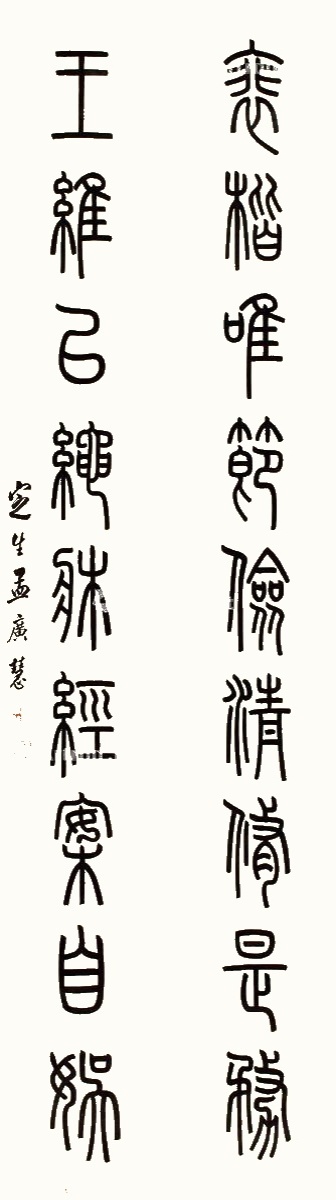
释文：裴楷唯节俭清修是务，王维以绳床经案自娱。定生孟广慧。